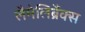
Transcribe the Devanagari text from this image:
लैमेलिब्रैंक्स